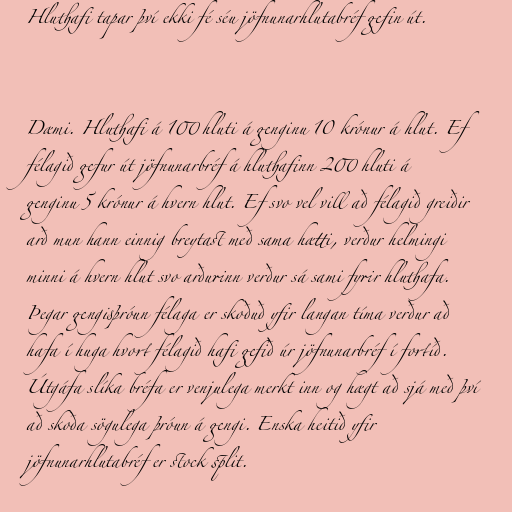
Hluthafi tapar því ekki fé séu jöfnunarhlutabréf gefin út.

Dæmi. Hluthafi á 100 hluti á genginu 10 krónur á hlut. Ef
félagið gefur út jöfnunarbréf á hluthafinn 200 hluti á
genginu 5 krónur á hvern hlut. Ef svo vel vill að félagið greiðir
arð mun hann einnig breytast með sama hætti, verður helmingi
minni á hvern hlut svo arðurinn verður sá sami fyrir hluthafa.
Þegar gengisþróun félaga er skoðuð yfir langan tíma verður að
hafa í huga hvort félagið hafi gefið úr jöfnunarbréf í fortíð.
Útgáfa slíka bréfa er venjulega merkt inn og hægt að sjá með því
að skoða sögulega þróun á gengi. Enska heitið yfir
jöfnunarhlutabréf er stock split.